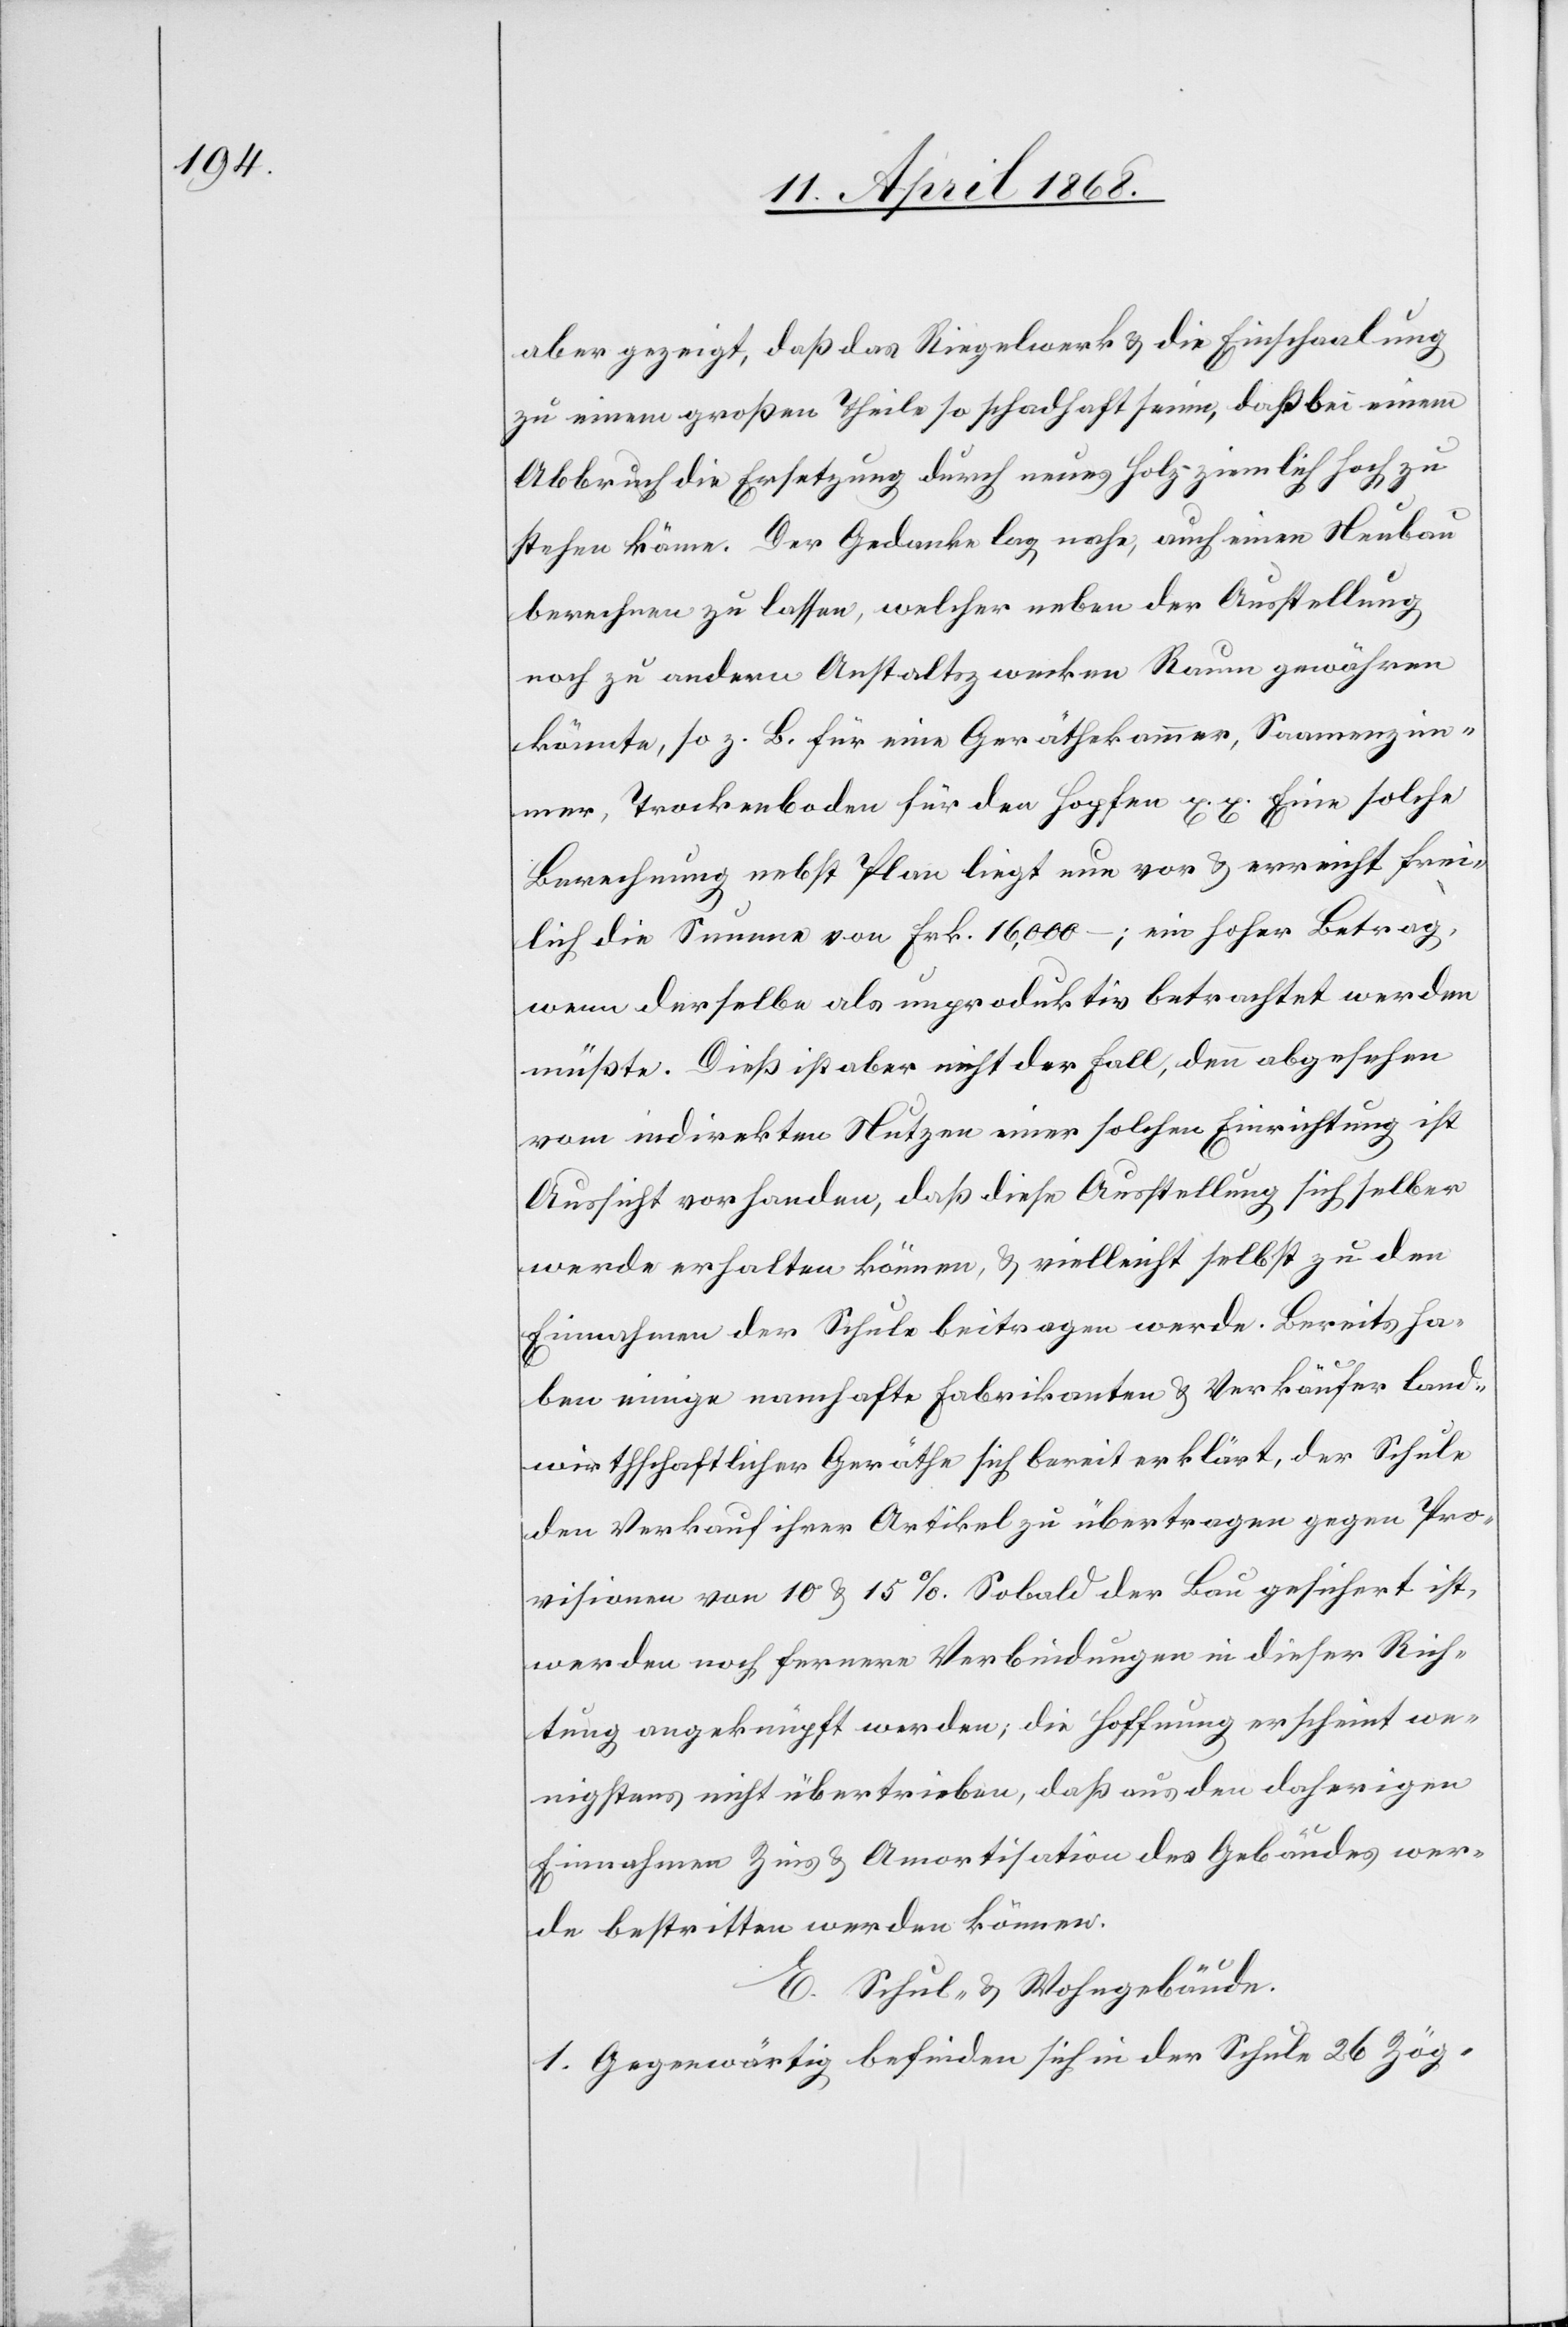
aber gezeigt, daß das Riegelwerk & die Einschaalung
zu einem großen Theile so schadhaft seien, daß bei einem
Abbruch die Ersetzung durch neues Holz ziemlich hoch zu
stehen käme. Der Gedanke lag nahe, auch einen Neubau
berechnen zu lassen, welcher neben der Ausstellung
noch zu andern Anstaltszwecken Raum gewähren
könnte, so z. B. für eine Geräthekammer, Saamenzim¬
mer, Trockenboden für den Hopfen x. x. Eine solche
Berechnung nebst Plan liegt nun vor & erreicht frei¬
lich die Summe von Frk. 16,000 – ; ein hoher Betrag,
wenn derselbe als unproduktiv betrachtet werden
müßte. Dieß ist aber nicht der Fall, denn abgesehen
vom indirekten Nutzen einer solchen Einrichtung ist
Aussicht vorhanden, daß diese Ausstellung sich selber
werde erhalten können, & vielleicht selbst zu den
Einnahmen der Schule beitragen werde. Bereits ha¬
ben einige namhafte Fabrikanten & Verkäufer land¬
wirthschaftlicher Geräthe sich bereit erklärt, der Schule
den Verkauf ihrer Artikel zu übertragen gegen Pro¬
visionen von 10 & 15%. Sobald der Bau gesichert ist,
werden noch fernere Verbindungen in dieser Rich¬
tung angeknüpft werden; die Hoffnung erscheint we¬
nigstens nicht übertrieben, daß aus den daherigen
Einnahmen Zins & Amortisation des Gebäudes wer¬
de bestritten werden können.
Schul- & Wohngebäude.
E.
1. Gegenwärtig befinden sich in der Schule 26 Zög-